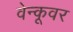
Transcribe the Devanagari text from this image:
वेन्कूवर